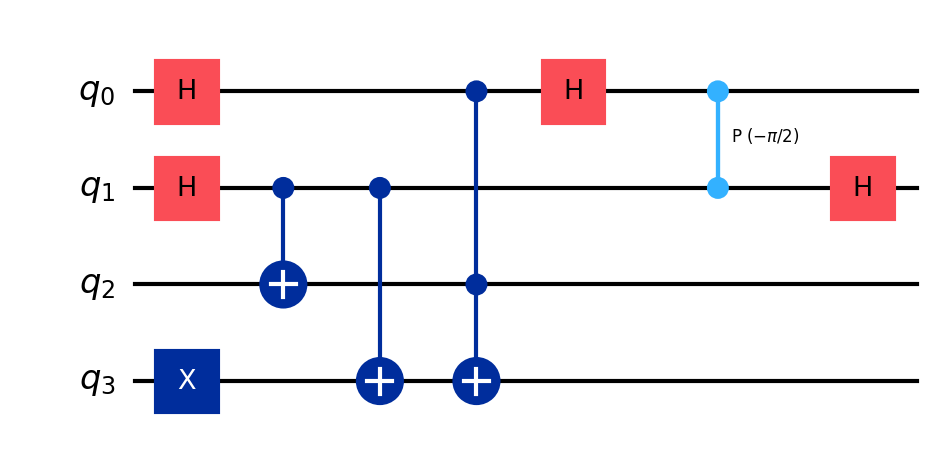
Description: Shor's period finding (simplified, mod 15)
描述: Shor周期查找（简化版，mod 15）
Category: classical_algorithms (difficulty: advanced)
Qubits: 4, circuit depth: 7

Braket implementation:
import math
from braket.circuits import Circuit
circuit = Circuit()
circuit.h(0).h(1)
circuit.x(3)
circuit.cnot(1, 2).cnot(1, 3)
circuit.ccnot(0, 2, 3)
circuit.h(0).cphaseshift(1, 0, -math.pi / 2).h(1)

Qiskit implementation:
import math
from qiskit import QuantumCircuit
circuit = QuantumCircuit(4)
circuit.h(0).h(1)
circuit.x(3)
circuit.cx(1, 2).cx(1, 3)
circuit.ccx(0, 2, 3)
circuit.h(0).cp(-math.pi / 2, 1, 0).h(1)